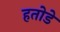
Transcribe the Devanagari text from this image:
हतोडे